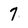
Character: 7